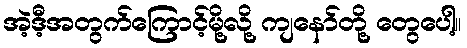
အဲ့ဒီ့အတွက်ကြောင့်မို့လို့ ကျနော်တို့ တွေပေါ့။